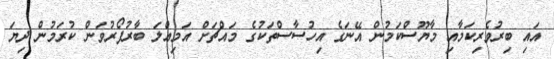
އައި ބިރުވެރިކަމާއި މާޔޫސްކަމުން އޭނަގެ އިހުސާސްތަކުގެ މައްޗަށް އަމިއްލަ ބާރުފޯރުވަން ކުރަމުން ދިޔަ